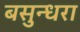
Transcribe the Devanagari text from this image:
बसुन्धरा